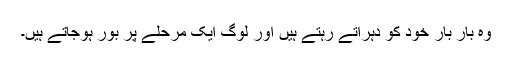
وہ بار بار خود کو دُہراتے رہتے ہیں اور لوگ ایک مرحلے پر بور ہوجاتے ہیں۔